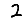
Digit: 2